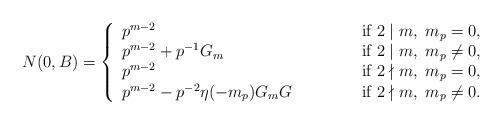
LaTeX: \begin{align*}N(0,B)=\left\{\begin{array}{lll}p^{m-2} & &\textup{ if } 2\mid m,~ m_p=0,\\p^{m-2}+p^{-1} G_m& &\textup{ if } 2\mid m,~ m_p \neq 0,\\p^{m-2} & & \textup{ if } 2\nmid m,~ m_p=0,\\p^{m-2}-p^{-2}\eta(-m_p) G_m G \phantom{p-1} & & \textup{ if } 2\nmid m,~ m_p\neq 0.\end{array} \right.\end{align*}